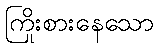
ကြိုးစားနေသော